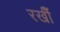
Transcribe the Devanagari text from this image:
रखीँ